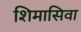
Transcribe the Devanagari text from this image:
शिमासिवा